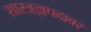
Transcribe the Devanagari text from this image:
शास्त्रज्ञपदावर